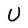
Character: U